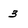
Character: 3